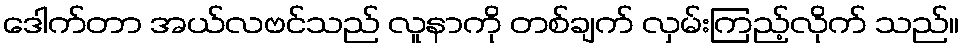
ဒေါက်တာ အယ်လဗင်သည် လူနာကို တစ်ချက် လှမ်းကြည့်လိုက် သည်။